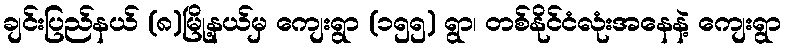
ချင်းပြည်နယ် (၈)မြို့နယ်မှ ကျေးရွာ (၁၅၅) ရွာ၊ တစ်နိုင်ငံလုံးအနေနဲ့ ကျေးရွာ